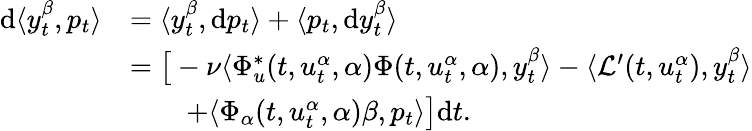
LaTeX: \begin{array}{rl}{\mathrm{d}\langle y_{t}^{\beta},p_{t}\rangle}&{=\langle y_{t}^{\beta},\mathrm{d}p_{t}\rangle+\langle p_{t},\mathrm{d}y_{t}^{\beta}\rangle}\\ &{=\big[-\nu\langle\Phi_{u}^{\ast}(t,u_{t}^{\alpha},\alpha)\Phi(t,u_{t}^{\alpha},\alpha),y_{t}^{\beta}\rangle-\langle\mathcal{L}^{\prime}(t,u_{t}^{\alpha}),y_{t}^{\beta}\rangle}\\ &{\qquad+\langle\Phi_{\alpha}(t,u_{t}^{\alpha},\alpha)\beta,p_{t}\rangle\big]\mathrm{d}t.}\end{array}